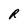
Character: R